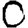
Digit: 0